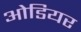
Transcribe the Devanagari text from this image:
ओडियर